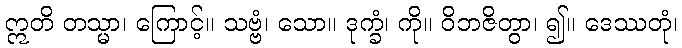
ဣတိ တသ္မာ၊ ကြောင့်။ သဗ္ဗံ၊ သော။ ဒုက္ခံ၊ ကို။ ဝိဘဇိတွာ၊ ၍။ ဒေဿတုံ၊